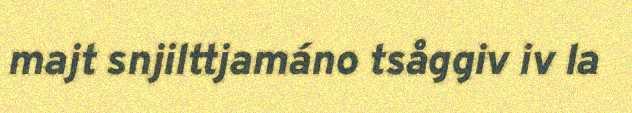
majt snjilttjamáno tsåggiv iv la